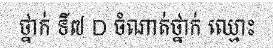
ថ្នាក់ ទី៧ D ចំណាត់ថ្នាក់ ឈ្មោះ